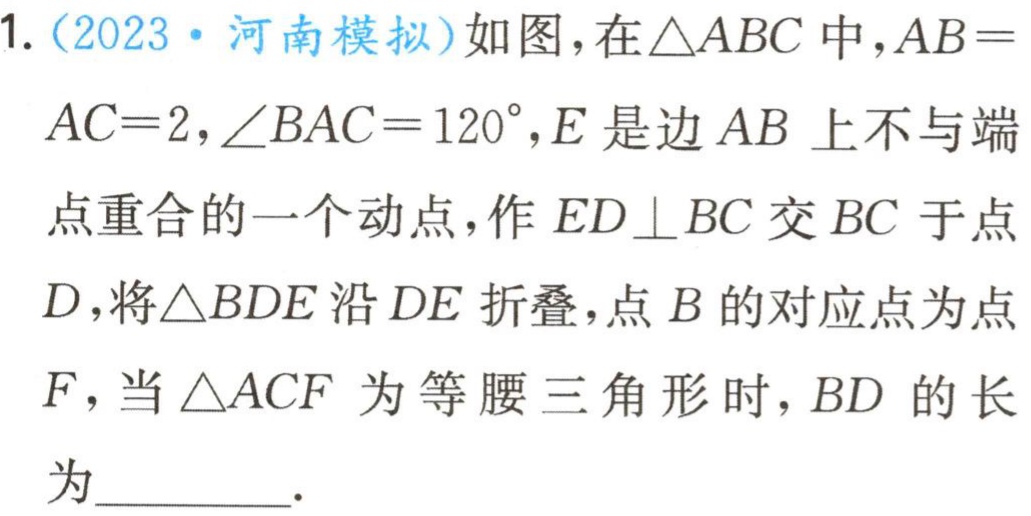
1. (2023·河南模拟)如图，在\(\triangle ABC\)中，\(AB = AC = 2\)，\(\angle BAC = 120^{\circ}\)，\(E\)是边\(AB\)上不与端点重合的一个动点，作\(ED\perp BC\)交\(BC\)于点\(D\)，将\(\triangle BDE\)沿\(DE\)折叠，点\(B\)的对应点为点\(F\)，当\(\triangle ACF\)为等腰三角形时，\(BD\)的长为  ．